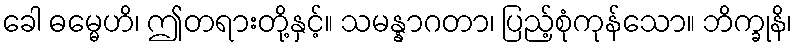
ခေါ ဓမ္မေဟိ၊ ဤတရားတို့နှင့်။ သမန္နာဂတာ၊ ပြည့်စုံကုန်သော။ ဘိက္ခုနိ၊